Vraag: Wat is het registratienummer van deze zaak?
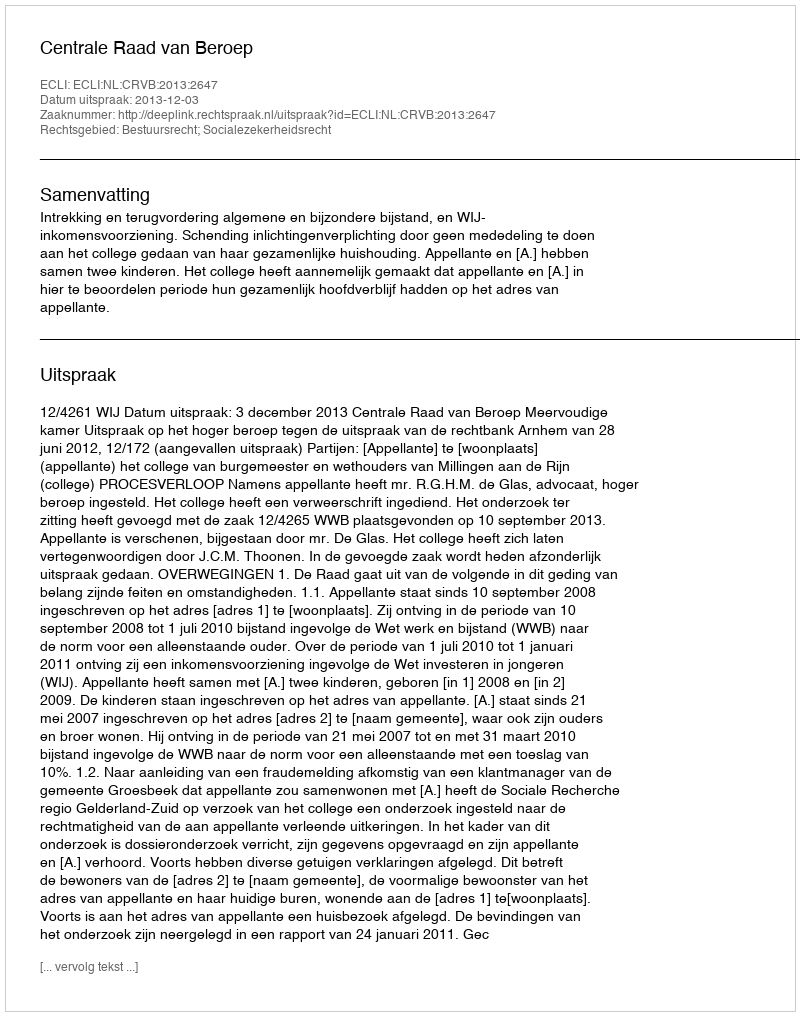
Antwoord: http://deeplink.rechtspraak.nl/uitspraak?id=ECLI:NL:CRVB:2013:2647